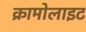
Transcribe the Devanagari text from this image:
क्रामोलाइट